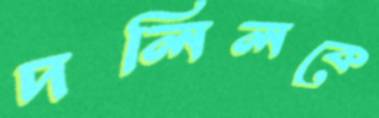
দলিলকে